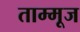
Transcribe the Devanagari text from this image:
ताम्मूज